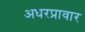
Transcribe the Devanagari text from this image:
अधरप्रावार